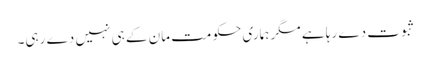
ثبوت دے رہا ہے مگر ہماری حکومت مان کے ہی نہیں دے رہی۔